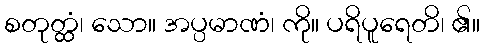
စတုတ္ထံ၊ သော။ အပ္ပမာဏံ၊ ကို။ ပရိပူရေတိ၊ ၏။